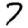
Digit: 7